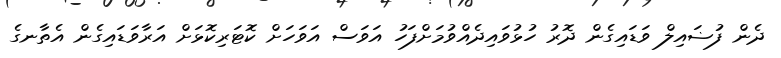
ދެން ފުޟައިލް ވަޑައިގެން ދޮރު ހުޅުވައިދެއްވުމަށްފަހު އަވަސް އަވަހަށް ކޮޓަރިކޮޅަށް އަރާވަޑައިގެން އެތާނގެ